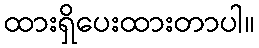
ထားရှိပေးထားတာပါ။